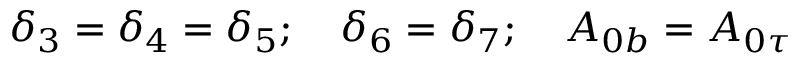
\delta _ { 3 } = \delta _ { 4 } = \delta _ { 5 } ; \quad \delta _ { 6 } = \delta _ { 7 } ; \quad A _ { 0 b } = A _ { 0 \tau }